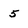
Character: 5